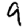
Digit: 9